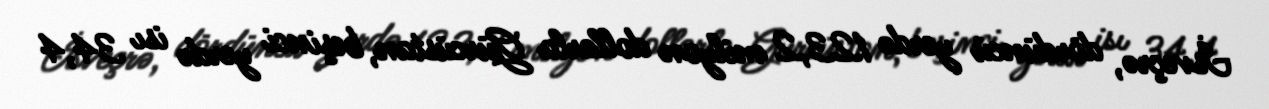
İsveçrə, dördüncü yerdə 123,2 milyon dollarla Gürcüstan, beşinci yerdə isı 34,4